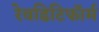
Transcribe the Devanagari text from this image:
रेवडिटिफॉर्म